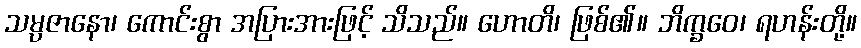
သမ္ပဇာနော၊ ကောင်းစွာ အပြားအားဖြင့် သိသည်။ ဟောတိ၊ ဖြစ်၏။ ဘိက္ခဝေ၊ ရဟန်းတို့။